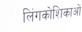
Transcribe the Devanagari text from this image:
लिंगकोशिकाओं